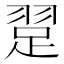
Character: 𬚃